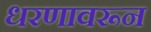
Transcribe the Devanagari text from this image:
धरणावरून